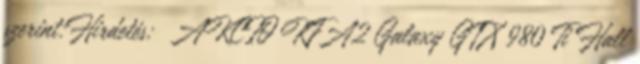
szerint:Hirdetés: AKCIÓ KFA2 Galaxy GTX 980 Ti Hall